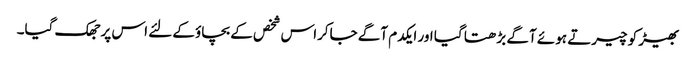
بھیڑ کو چیرتے ہوئے آگے بڑھتا گیا اور ایکدم آگے جاکراس شخص کے بچاؤکے لئے اس پر جھک گیا۔